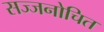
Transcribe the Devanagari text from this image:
सज्जनोचित